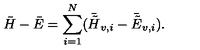
\bar { H } - \bar { E } = \sum _ { i = 1 } ^ { N } ( \bar { \tilde { H } } _ { v , i } - \bar { \tilde { E } } _ { v , i } ) .